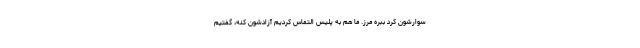
سوارشون كرد ببره مرز. ما هم به پليس التماس كرديم آزادشون كنه، گفتيم